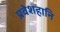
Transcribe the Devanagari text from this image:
प्रवेशहानि